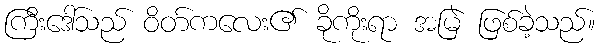
ကြီးဒေါ်သည် ဝိတ်ကလေး၏ ခိုကိုးရာ အမြဲ ဖြစ်ခဲ့သည်။